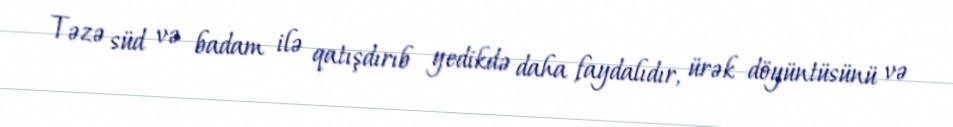
Təzə süd və badam ilə qatışdırıb yedikdə daha faydalıdır, ürək döyüntüsünü və